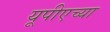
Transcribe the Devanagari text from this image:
यूपीएच्या